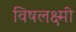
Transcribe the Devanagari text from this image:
विषलक्ष्मी